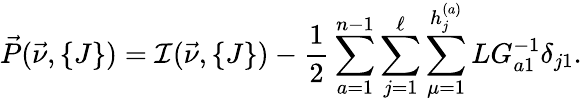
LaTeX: \vec{P}(\vec{\nu},\{ J\} )={\cal I}(\vec{\nu},\{ J\} )-{\frac{1}{2}}\sum_{a=1}^{n-1}\sum_{j=1}^{\ell}\sum_{\mu=1}^{h_{j}^{(a)}}LG_{a1}^{-1}\delta_{j1}.